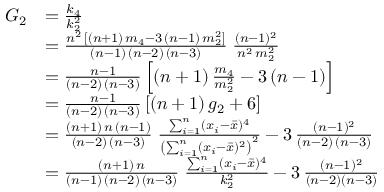
{ \begin{array} { r l } { G _ { 2 } } & { = { \frac { k _ { 4 } } { k _ { 2 } ^ { 2 } } } } \\ & { = { \frac { n ^ { 2 } \, [ ( n + 1 ) \, m _ { 4 } - 3 \, ( n - 1 ) \, m _ { 2 } ^ { 2 } ] } { ( n - 1 ) \, ( n - 2 ) \, ( n - 3 ) } } \; { \frac { ( n - 1 ) ^ { 2 } } { n ^ { 2 } \, m _ { 2 } ^ { 2 } } } } \\ & { = { \frac { n - 1 } { ( n - 2 ) \, ( n - 3 ) } } \left[ ( n + 1 ) \, { \frac { m _ { 4 } } { m _ { 2 } ^ { 2 } } } - 3 \, ( n - 1 ) \right] } \\ & { = { \frac { n - 1 } { ( n - 2 ) \, ( n - 3 ) } } \left[ ( n + 1 ) \, g _ { 2 } + 6 \right] } \\ & { = { \frac { ( n + 1 ) \, n \, ( n - 1 ) } { ( n - 2 ) \, ( n - 3 ) } } \; { \frac { \sum _ { i = 1 } ^ { n } ( x _ { i } - { \bar { x } } ) ^ { 4 } } { \left( \sum _ { i = 1 } ^ { n } ( x _ { i } - { \bar { x } } ) ^ { 2 } \right) ^ { 2 } } } - 3 \, { \frac { ( n - 1 ) ^ { 2 } } { ( n - 2 ) \, ( n - 3 ) } } } \\ & { = { \frac { ( n + 1 ) \, n } { ( n - 1 ) \, ( n - 2 ) \, ( n - 3 ) } } \; { \frac { \sum _ { i = 1 } ^ { n } ( x _ { i } - { \bar { x } } ) ^ { 4 } } { k _ { 2 } ^ { 2 } } } - 3 \, { \frac { ( n - 1 ) ^ { 2 } } { ( n - 2 ) ( n - 3 ) } } } \end{array} }